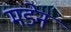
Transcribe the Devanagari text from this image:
मडेन